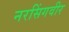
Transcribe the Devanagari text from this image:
नरसिंगवीर